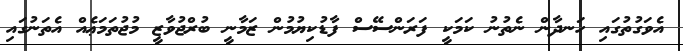
އެވަގުތުގައި ހަނދާން ނެތުނު ކަމަކީ ފަރަންސޭސް ފާޑުކިޔުމުން ޒަމާނީ ބުރްޖުވާޒީ މުޖުތަމަޢެއް އެތަނުގައި